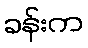
ခန်းက